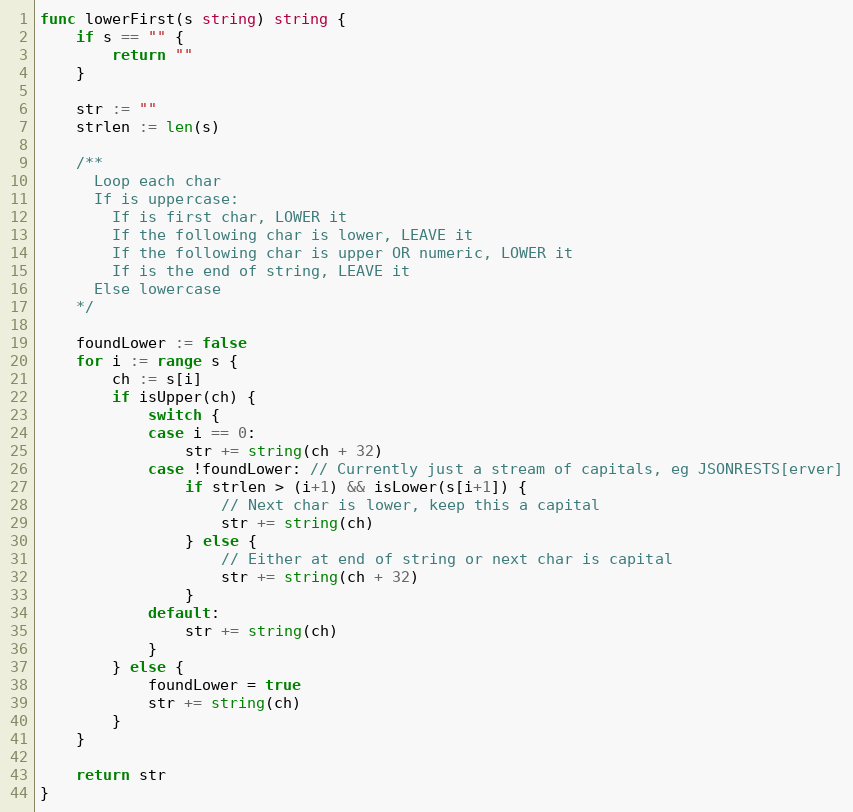
Language: Go
func lowerFirst(s string) string {
	if s == "" {
		return ""
	}

	str := ""
	strlen := len(s)

	/**
	  Loop each char
	  If is uppercase:
	    If is first char, LOWER it
	    If the following char is lower, LEAVE it
	    If the following char is upper OR numeric, LOWER it
	    If is the end of string, LEAVE it
	  Else lowercase
	*/

	foundLower := false
	for i := range s {
		ch := s[i]
		if isUpper(ch) {
			switch {
			case i == 0:
				str += string(ch + 32)
			case !foundLower: // Currently just a stream of capitals, eg JSONRESTS[erver]
				if strlen > (i+1) && isLower(s[i+1]) {
					// Next char is lower, keep this a capital
					str += string(ch)
				} else {
					// Either at end of string or next char is capital
					str += string(ch + 32)
				}
			default:
				str += string(ch)
			}
		} else {
			foundLower = true
			str += string(ch)
		}
	}

	return str
}